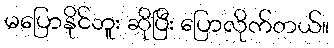
မပြောနိုင်ဘူး ဆိုပြီး ပြောလိုက်တယ်။